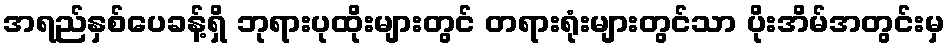
အရည်နှစ်ပေခန့်ရှိ ဘုရားပုထိုးများတွင် တရားရုံးများတွင်သာ ပိုးအိမ်အတွင်းမှ